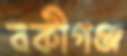
বকীগঞ্জ